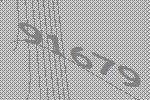
91679